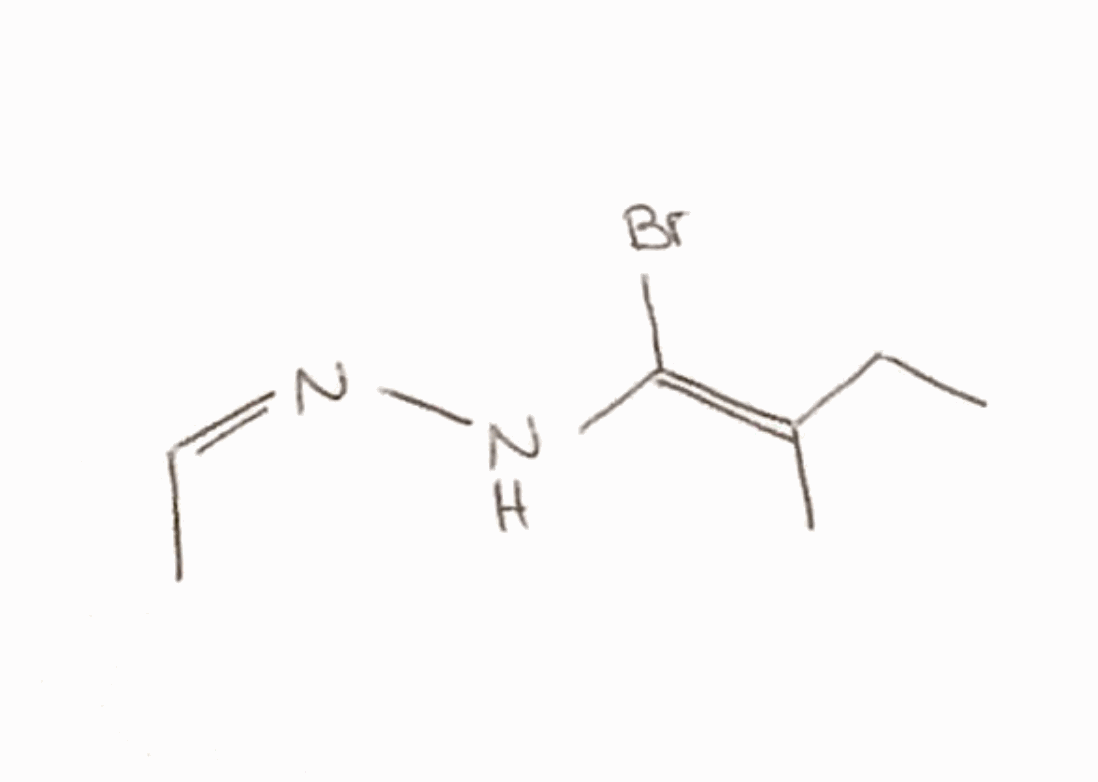
Simplified molecular-input line-entry system (SMILES) notation of the given molecule:
CC/C(=C(/N/N=C\C)\Br)/C